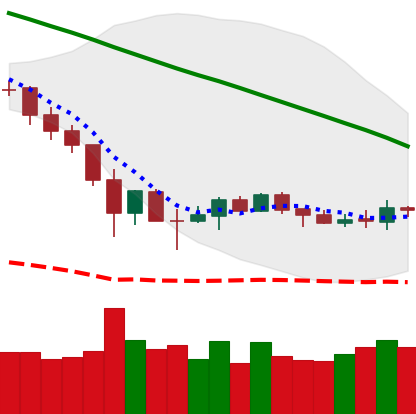
Ticker: BNB-USD
Chart end date: 2019-12-06
Forward return: -5.644%
Label: down_5_7